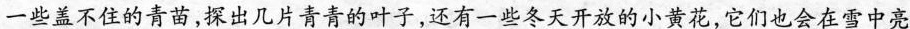
一些盖不住的青苗，探出几片青青的叶子，还有一些冬天开放的小黄花，它们也会在雪中亮